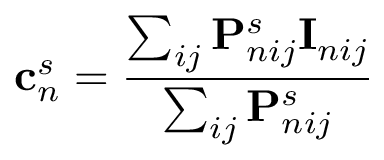
\mathbf { c } _ { n } ^ { s } = \frac { \sum _ { i j } \mathbf { P } _ { n i j } ^ { s } \mathbf { I } _ { n i j } } { \sum _ { i j } \mathbf { P } _ { n i j } ^ { s } }